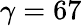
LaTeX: \gamma=67